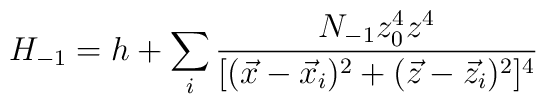
H_{-1} = h+ \sum_i \frac{ N_{-1} z_0^4 z^4}{ [( \vec{x}-\vec{x}_i)^2 + (\vec{z}-\vec{z}_i)^2 ]^4 }